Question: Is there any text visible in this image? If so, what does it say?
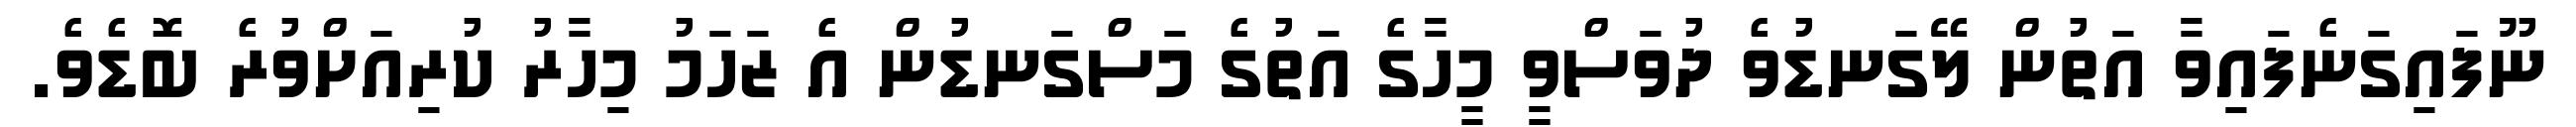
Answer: ނޫފައިގަނެފައިވާ އަތުން ލޭގަނޑުވެ ދުވަސްވީ މީހާގެ އަތުގެ މަސްގަނޑުން އެ ޒަހަމު މިހާރު ކުރިއަށްވުރެ ބޮޑެވެ.